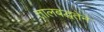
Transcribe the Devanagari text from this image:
तालबद्धतेने